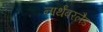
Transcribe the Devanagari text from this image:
नार्थंबरलैड